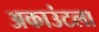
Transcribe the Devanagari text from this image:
अकाउंटला